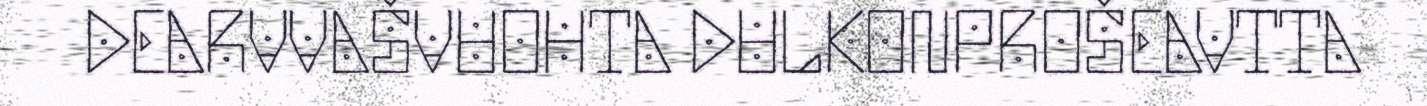
DEARVVAŠVUOHTA DULKONPROŠEAVTTA